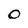
Character: 0